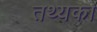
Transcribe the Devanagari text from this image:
तथ्यका